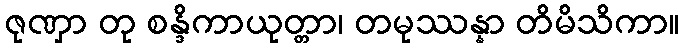
ဇုဏှာ တု စန္ဒိကာယုတ္တာ၊ တမုဿန္နာ တိမိသိကာ။